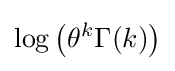
\log \left(\theta ^{k}\Gamma (k)\right)